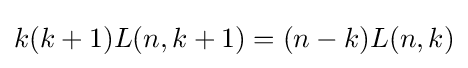
k(k+1)L(n,k+1)=(n-k)L(n,k)